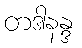
တဒါနန္ဒ